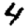
Digit: 4